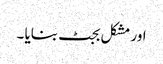
اور مشکل بجٹ بنایا ۔